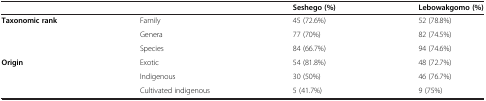
|  |  | Seshego (%) | Lebowakgomo (%) |
 | --- | --- | --- | --- |
 | Taxonomic rank | Family | 45 (72.6%) | 52 (78.8%) |
 |  | Genera | 77 (70%) | 82 (74.5%) |
 |  | Species | 84 (66.7%) | 94 (74.6%) |
 | Origin | Exotic | 54 (81.8%) | 48 (72.7%) |
 |  | Indigenous | 30 (50%) | 46 (76.7%) |
 |  | Cultivated indigenous | 5 (41.7%) | 9 (75%) |